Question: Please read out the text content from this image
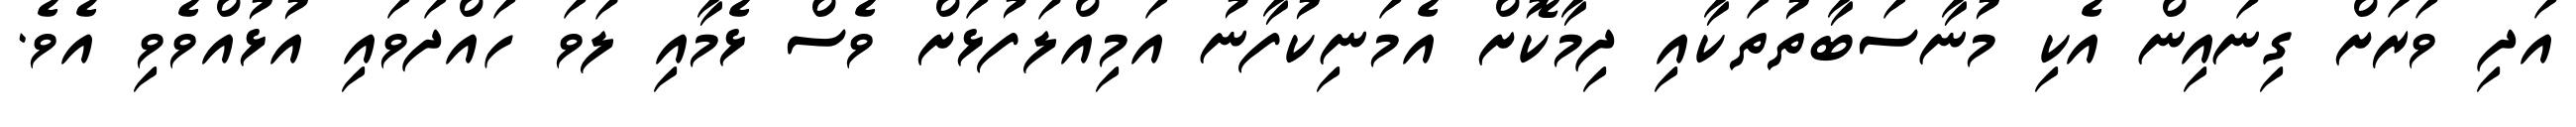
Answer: އަދި ވަރަށް ގިނައިން އެކި މުނާސަބާތުތަކާއި ދިމާކޮށް އެމަނިކުފާނު އަމިއްލަފުޅަށް ވެސް ޅެމާއި ލަވަ ހައްދަވައި އުޅުއްވެވި އެވެ.